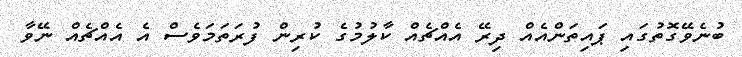
ބުނެވޭގޮތުގައި ޕައިތަންއެއް ދިރޭ އެއްޗެއް ކާލުމުގެ ކުރިން ފުރަތަމަވެސް އެ އެއްޗެއް ނޭވާ